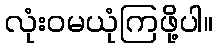
လုံးဝမယုံကြဖို့ပါ။